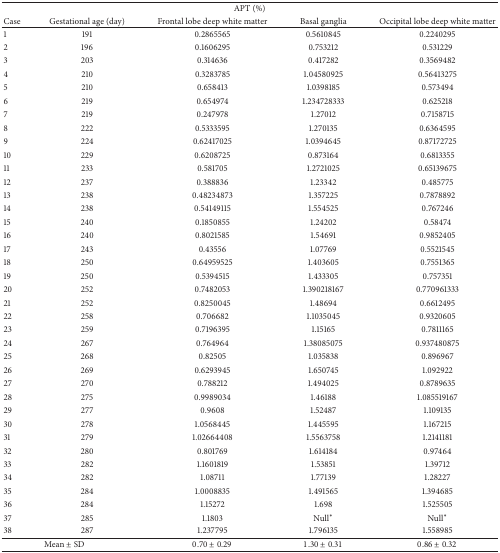
<table><thead><tr><td colspan="5"><b>APT (%)</b></td></tr><tr><td><b>Case</b></td><td><b>Gestational age (day)</b></td><td><b>Frontal lobe deep white matter</b></td><td><b>Basal ganglia</b></td><td><b>Occipital lobe deep white matter</b></td></tr></thead><tbody><tr><td>1</td><td>191</td><td>0.2865565</td><td>0.5610845</td><td>0.2240295</td></tr><tr><td>2</td><td>196</td><td>0.1606295</td><td>0.753212</td><td>0.531229</td></tr><tr><td>3</td><td>203</td><td>0.314636</td><td>0.417282</td><td>0.3569482</td></tr><tr><td>4</td><td>210</td><td>0.3283785</td><td>1.04580925</td><td>0.56413275</td></tr><tr><td>5</td><td>210</td><td>0.658413</td><td>1.0398185</td><td>0.573494</td></tr><tr><td>6</td><td>219</td><td>0.654974</td><td>1.234728333</td><td>0.625218</td></tr><tr><td>7</td><td>219</td><td>0.247978</td><td>1.27012</td><td>0.7158715</td></tr><tr><td>8</td><td>222</td><td>0.5333595</td><td>1.270135</td><td>0.6364595</td></tr><tr><td>9</td><td>224</td><td>0.62417025</td><td>1.0394645</td><td>0.87172725</td></tr><tr><td>10</td><td>229</td><td>0.6208725</td><td>0.873164</td><td>0.6813355</td></tr><tr><td>11</td><td>233</td><td>0.581705</td><td>1.2721025</td><td>0.65139675</td></tr><tr><td>12</td><td>237</td><td>0.388836</td><td>1.23342</td><td>0.485775</td></tr><tr><td>13</td><td>238</td><td>0.48234873</td><td>1.357225</td><td>0.7878892</td></tr><tr><td>14</td><td>238</td><td>0.54149115</td><td>1.554525</td><td>0.767246</td></tr><tr><td>15</td><td>240</td><td>0.1850855</td><td>1.24202</td><td>0.58474</td></tr><tr><td>16</td><td>240</td><td>0.8021585</td><td>1.54691</td><td>0.9852405</td></tr><tr><td>17</td><td>243</td><td>0.43556</td><td>1.07769</td><td>0.5521545</td></tr><tr><td>18</td><td>250</td><td>0.64959525</td><td>1.403605</td><td>0.7551365</td></tr><tr><td>19</td><td>250</td><td>0.5394515</td><td>1.433305</td><td>0.757351</td></tr><tr><td>20</td><td>252</td><td>0.7482053</td><td>1.390218167</td><td>0.770961333</td></tr><tr><td>21</td><td>252</td><td>0.8250045</td><td>1.48694</td><td>0.6612495</td></tr><tr><td>22</td><td>258</td><td>0.706682</td><td>1.1035045</td><td>0.9320605</td></tr><tr><td>23</td><td>259</td><td>0.7196395</td><td>1.15165</td><td>0.7811165</td></tr><tr><td>24</td><td>267</td><td>0.764964</td><td>1.38085075</td><td>0.937480875</td></tr><tr><td>25</td><td>268</td><td>0.82505</td><td>1.035838</td><td>0.896967</td></tr><tr><td>26</td><td>269</td><td>0.6293945</td><td>1.650745</td><td>1.092922</td></tr><tr><td>27</td><td>270</td><td>0.788212</td><td>1.494025</td><td>0.8789635</td></tr><tr><td>28</td><td>275</td><td>0.9989034</td><td>1.46188</td><td>1.085519167</td></tr><tr><td>29</td><td>277</td><td>0.9608</td><td>1.52487</td><td>1.109135</td></tr><tr><td>30</td><td>278</td><td>1.0568445</td><td>1.445595</td><td>1.167215</td></tr><tr><td>31</td><td>279</td><td>1.02664408</td><td>1.5563758</td><td>1.2141181</td></tr><tr><td>32</td><td>280</td><td>0.801769</td><td>1.614184</td><td>0.97464</td></tr><tr><td>33</td><td>282</td><td>1.1601819</td><td>1.53851</td><td>1.39712</td></tr><tr><td>34</td><td>282</td><td>1.08711</td><td>1.77139</td><td>1.28227</td></tr><tr><td>35</td><td>284</td><td>1.0008835</td><td>1.491565</td><td>1.394685</td></tr><tr><td>36</td><td>284</td><td>1.15272</td><td>1.698</td><td>1.525505</td></tr><tr><td>37</td><td>285</td><td>1.1803</td><td>Null<sup><i>∗</i></sup></td><td>Null<sup><i>∗</i></sup></td></tr><tr><td>38</td><td>287</td><td>1.237795</td><td>1.796135</td><td>1.558985</td></tr><tr><td colspan="2">Mean ± SD</td><td>0.70 ± 0.29</td><td>1.30 ± 0.31</td><td>0.86 ± 0.32</td></tr></tbody></table>